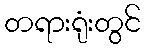
တရားရုံးတွင်